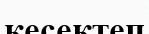
кесектеп